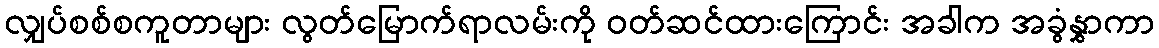
လျှပ်စစ်စကူတာများ လွတ်မြောက်ရာလမ်းကို ၀တ်ဆင်ထားကြောင်း အခါက အခွံနွှာကာ